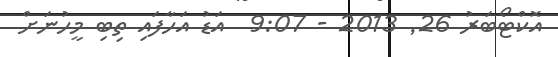
އޮކްޓޯބަރު 26